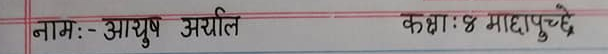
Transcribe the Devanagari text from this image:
नाम:- आयुष अर्याल कक्षा:४ माछापुच्छ्रे